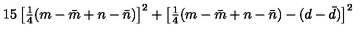
1 5 \left[ { \textstyle { \frac { 1 } { 4 } } } ( m - \bar { m } + n - \bar { n } ) \right] ^ { 2 } + \left[ { \textstyle { \frac { 1 } { 4 } } } ( m - \bar { m } + n - \bar { n } ) - ( d - \bar { d } ) \right] ^ { 2 }